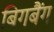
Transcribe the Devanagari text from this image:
बिगबैंग